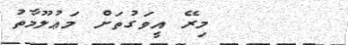
މިރޭ އީވަގުތަށް މަޢުލޫމާތު